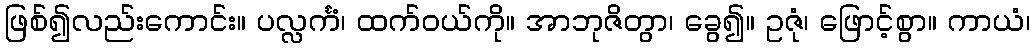
ဖြစ်၍လည်းကောင်း။ ပလ္လင်္ကံ၊ ထက်ဝယ်ကို။ အာဘုဇိတွာ၊ ခွေ၍။ ဥဇုံ၊ ဖြောင့်စွာ။ ကာယံ၊